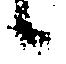
候